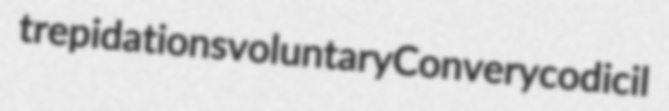
trepidations voluntary Convery codicil